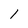
Character: 1